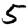
Digit: 5